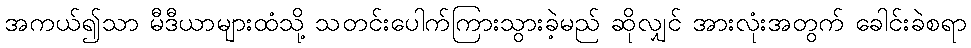
အကယ်၍သာ မီဒီယာများထံသို့ သတင်းပေါက်ကြားသွားခဲ့မည် ဆိုလျှင် အားလုံးအတွက် ခေါင်းခဲစရာ